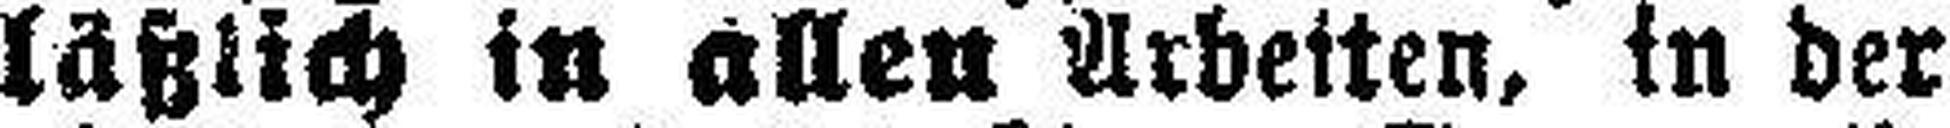
läßlich in allen Arbeiten, in der